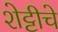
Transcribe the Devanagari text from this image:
शेट्टीचे